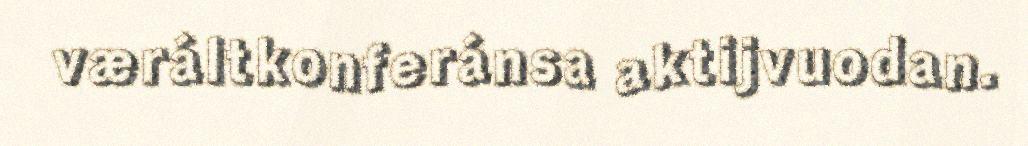
væráltkonferánsa aktijvuodan.